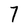
Character: 7